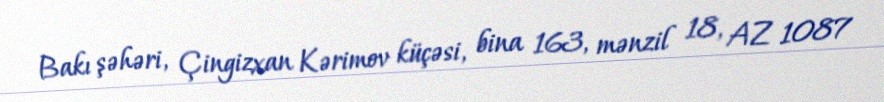
Bakı şəhəri, Çingizxan Kərimov küçəsi, bina 163, mənzil 18, AZ 1087